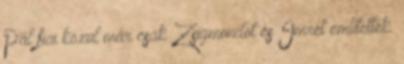
Pál fiai közül már csak Zsigmondot és Imrét említették.